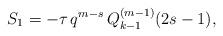
LaTeX: \begin{align*}S_1=-\tau\, q^{m-s}\,Q^{(m-1)}_{k-1}(2s-1),\end{align*}